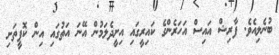
ބުނެލިއެވެ. ފާރިޝް އައިސް އަހަރެންގެ ކައިރީގައި އިށީދެލަމުން އޭނަ އަތުގައި އިން ކޮފީތަށި